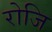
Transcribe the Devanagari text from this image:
रोजि